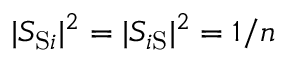
| S _ { \mathrm { S } i } | ^ { 2 } = | S _ { i \mathrm { S } } | ^ { 2 } = 1 / n